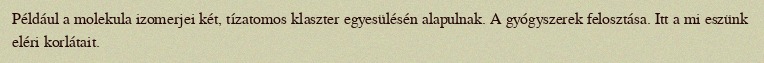
Például a molekula izomerjei két, tízatomos klaszter egyesülésén alapulnak. A gyógyszerek felosztása. Itt a mi eszünk eléri korlátait.